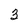
Character: 3